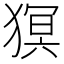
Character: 猽